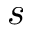
s